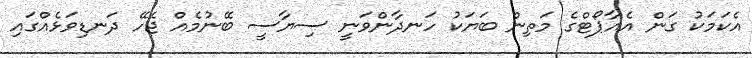
އެކަމަކު ގަން އެއާޕޯޓްގެ މަތިން ބަޔަކު ހަނދާންވަނީ ސިޔާސީ ބޭނުމެއް ޖެހޭ ދަނޑިވަޅެއްގައި